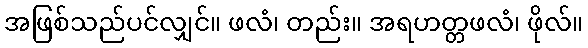
အဖြစ်သည်ပင်လျှင်။ ဖလံ၊ တည်း။ အရဟတ္တဖလံ၊ ဖိုလ်။